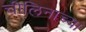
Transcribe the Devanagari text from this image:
चीलिनाच्या